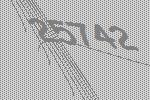
25742